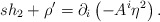
\begin{align*}sh_{2}+\rho ^{\prime }=\partial _{i}\left( -A^{i}\eta ^{2}\right) .\end{align*}